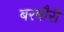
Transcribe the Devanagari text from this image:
बरबौरी